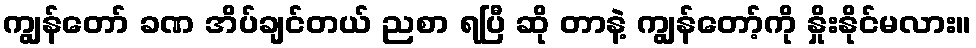
ကျွန်တော် ခဏ အိပ်ချင်တယ် ညစာ ရပြီ ဆို တာနဲ့ ကျွန်တော့်ကို နှိုးနိုင်မလား။